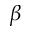
\beta